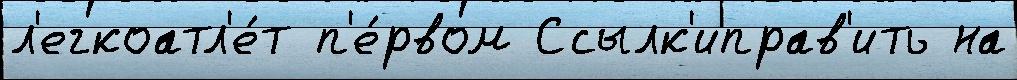
л'егкоатл'е́т п'е́рвом Ссылк'иправ'ить на